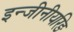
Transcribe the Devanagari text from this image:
इन्जीनीयरिङ